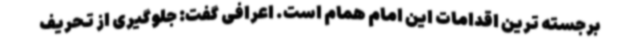
برجسته ترین اقدامات این امام همام است. اعرافی گفت: جلوگیری از تحریف